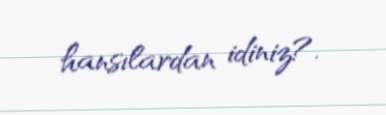
hansılardan idiniz?.